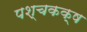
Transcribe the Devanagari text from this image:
पश्चकक्ष